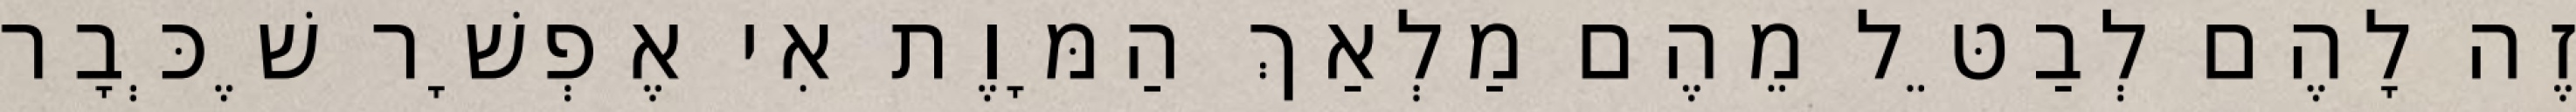
זֶה לָהֶם לְבַטֵּל מֵהֶם מַלְאַךְ הַמָּוֶת אִי אֶפְשָׁר שֶׁכְּבָר